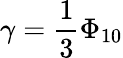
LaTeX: \gamma=\frac{1}{3}\Phi_{10}